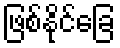
ဖြစ်နိုင်ခြေ